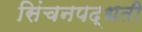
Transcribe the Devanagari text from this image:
सिंचनपद्धती